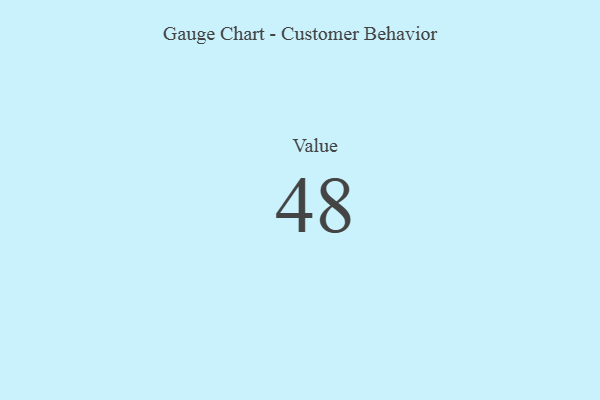
{"axis": {"x": "Metric", "y": "Value"}, "legend": [""], "data": [{"x": "Value", "y": 48, "type": ""}]}